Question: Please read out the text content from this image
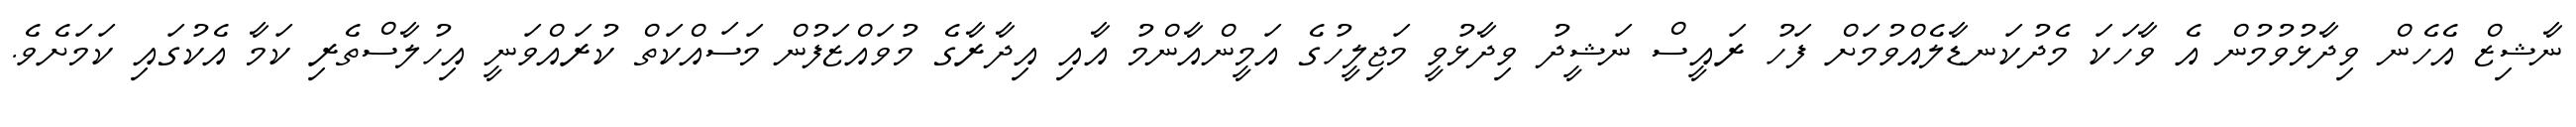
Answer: ނާޝިޒް އެހެން ވިދާޅުވުމުން އެ ވާހަކަ މެދުކަނޑާލެއްވުމަށް ފަހު ރައީސް ނަޝީދު ވިދާޅުވީ މަޖިލީހުގެ އަމީންއާންމު އާއި އިދާރާގެ މުވައްޒަފުން މަސައްކަތް ކުރައްވަނީ އިހުލާސްތެރި ކަމާ އެކުގައި ކަމަށެވެ.